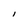
Character: I